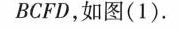
BCFD，如图(1).